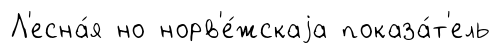
Л'есна́я но норв'е́жскаjа показа́т'ель